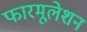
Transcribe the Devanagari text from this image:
फारमूलेशन